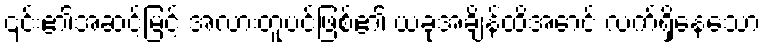
၎င်း၏အဆင့်မြင့် အလားတူပင်ဖြစ်၏ ယခုအချိန်ထိအောင် လက်ရှိနေသော